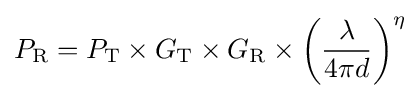
P_{\text{R}}=P_{\text{T}}\times G_{\text{T}}\times G_{\text{R}}\times \left({\frac {\lambda }{4\pi d}}\right)^{\eta }